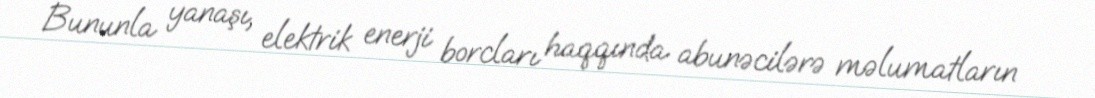
Bununla yanaşı, elektrik enerji borcları haqqında abunəcilərə məlumatların